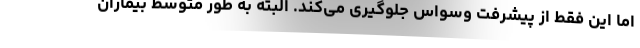
اما این فقط از پیشرفت وسواس جلوگیری می‌کند. البته به طور متوسط بیماران